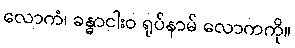
လောကံ၊ ခန္ဓာငါးဝ ရုပ်နာမ် လောကကို။